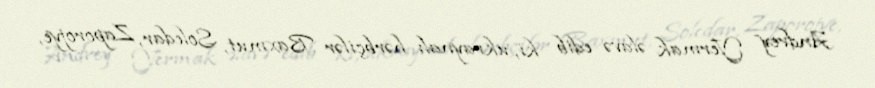
Andrey Yermak əlavə edib ki, ukraynalı hərbçilər Baxmut, Soledar, Zaporojye,